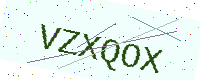
Text: VZXQOX